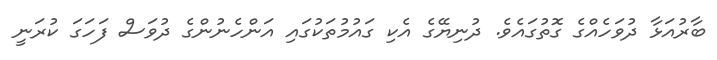
ބާރުއަޅާ ދުވަހެއްގެ ގޮތުގައެވެ. ދުނިޔޭގެ އެކި ގައުމުތަކުގައި އަންހެނުންގެ ދުވަސް ފަހަގަ ކުރަނީ